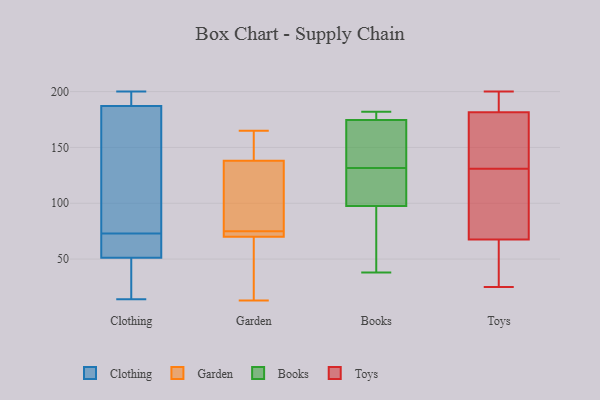
{"axis": {"x": "Shipments", "y": "Value"}, "legend": ["Books", "Clothing", "Garden", "Toys"], "data": [{"x": "", "y": 73, "type": "Clothing"}, {"x": "", "y": 200, "type": "Clothing"}, {"x": "", "y": 63, "type": "Clothing"}, {"x": "", "y": 111, "type": "Clothing"}, {"x": "", "y": 31, "type": "Clothing"}, {"x": "", "y": 40, "type": "Clothing"}, {"x": "", "y": 14, "type": "Clothing"}, {"x": "", "y": 145, "type": "Clothing"}, {"x": "", "y": 55, "type": "Clothing"}, {"x": "", "y": 194, "type": "Clothing"}, {"x": "", "y": 193, "type": "Clothing"}, {"x": "", "y": 60, "type": "Clothing"}, {"x": "", "y": 185, "type": "Clothing"}, {"x": "", "y": 165, "type": "Garden"}, {"x": "", "y": 98, "type": "Garden"}, {"x": "", "y": 70, "type": "Garden"}, {"x": "", "y": 73, "type": "Garden"}, {"x": "", "y": 151, "type": "Garden"}, {"x": "", "y": 138, "type": "Garden"}, {"x": "", "y": 13, "type": "Garden"}, {"x": "", "y": 77, "type": "Garden"}, {"x": "", "y": 70, "type": "Garden"}, {"x": "", "y": 52, "type": "Garden"}, {"x": "", "y": 153, "type": "Books"}, {"x": "", "y": 169, "type": "Books"}, {"x": "", "y": 38, "type": "Books"}, {"x": "", "y": 99, "type": "Books"}, {"x": "", "y": 106, "type": "Books"}, {"x": "", "y": 128, "type": "Books"}, {"x": "", "y": 180, "type": "Books"}, {"x": "", "y": 96, "type": "Books"}, {"x": "", "y": 180, "type": "Books"}, {"x": "", "y": 42, "type": "Books"}, {"x": "", "y": 182, "type": "Books"}, {"x": "", "y": 135, "type": "Books"}, {"x": "", "y": 113, "type": "Toys"}, {"x": "", "y": 151, "type": "Toys"}, {"x": "", "y": 131, "type": "Toys"}, {"x": "", "y": 182, "type": "Toys"}, {"x": "", "y": 25, "type": "Toys"}, {"x": "", "y": 44, "type": "Toys"}, {"x": "", "y": 63, "type": "Toys"}, {"x": "", "y": 67, "type": "Toys"}, {"x": "", "y": 124, "type": "Toys"}, {"x": "", "y": 140, "type": "Toys"}, {"x": "", "y": 190, "type": "Toys"}, {"x": "", "y": 200, "type": "Toys"}, {"x": "", "y": 193, "type": "Toys"}, {"x": "", "y": 180, "type": "Toys"}, {"x": "", "y": 69, "type": "Toys"}]}